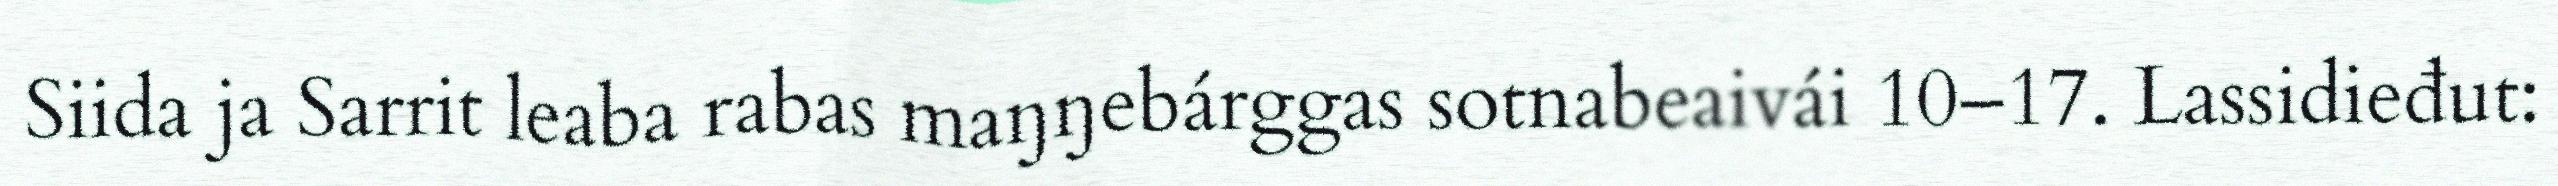
Siida ja Sarrit leaba rabas maŋŋebárggas sotnabeaivái 10–17. Lassidieđut: